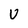
Character: V